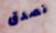
نصدق